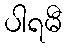
ပါရမီ